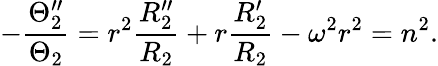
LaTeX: -\frac{\Theta_{2}^{\prime\prime}}{\Theta_{2}}=r^{2}\frac{R_{2}^{\prime\prime}}{R_{2}}+r\frac{R_{2}^{\prime}}{R_{2}}-\omega^{2}r^{2}=n^{2}.